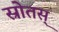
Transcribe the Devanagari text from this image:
स्रोतस्